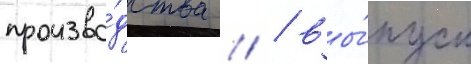
произво́дства // / вы́пуск